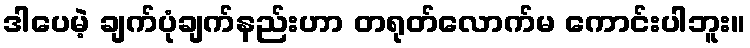
ဒါပေမဲ့ ချက်ပုံချက်နည်းဟာ တရုတ်လောက်မ ကောင်းပါဘူး။